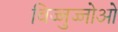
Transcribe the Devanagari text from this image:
विज्जुज्जोओ